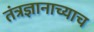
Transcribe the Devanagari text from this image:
तंत्रज्ञानाच्याच